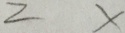
2 x